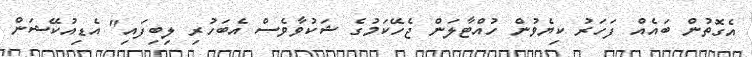
އެގޮތުން ބައެއް ފަހަރު ކިޔެވުން ހުއްޓާލަން ޖެހޭކަމުގެ ޝަކުވާވެސް އެބަހުރި ލިބިފައި" އެޑިއުކޭޝަން